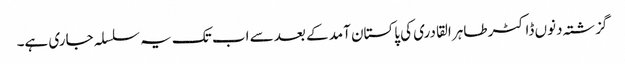
گزشتہ دنوں ڈاکٹر طاہر القادری کی پاکستان آمد کے بعد سے اب تک یہ سلسلہ جاری ہے۔